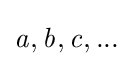
{\mathit {a,b,c,...}}